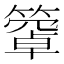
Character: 𥴄